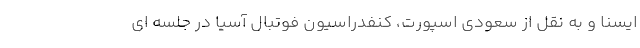
ایسنا و به نقل از سعودی اسپورت، کنفدراسیون فوتبال آسیا در جلسه ای